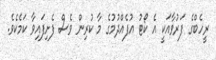
ރީހެބްގެ ފަރުވާއަކީ އެ ކޯޓު އުފެއްދުމުގެ މާ ކުރިން ވެސް ފެށިފައިވާ ކަމެކެވެ.